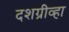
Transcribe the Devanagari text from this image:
दशग्रीव्हा